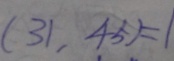
( 3 1 . 4 5 ) = 1